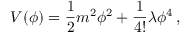
V ( \phi ) = \frac 1 2 m ^ { 2 } \phi ^ { 2 } + \frac 1 { 4 ! } \lambda \phi ^ { 4 } \, ,